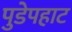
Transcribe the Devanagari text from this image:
पुडेपहाट